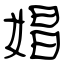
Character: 娼